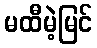
မထီမဲ့မြင်